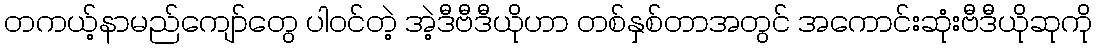
တကယ့်နာမည်ကျော်တွေ ပါဝင်တဲ့ အဲ့ဒီဗီဒီယိုဟာ တစ်နှစ်တာအတွင် အကောင်းဆုံးဗီဒီယိုဆုကို